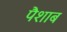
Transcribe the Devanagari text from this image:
पैशाब